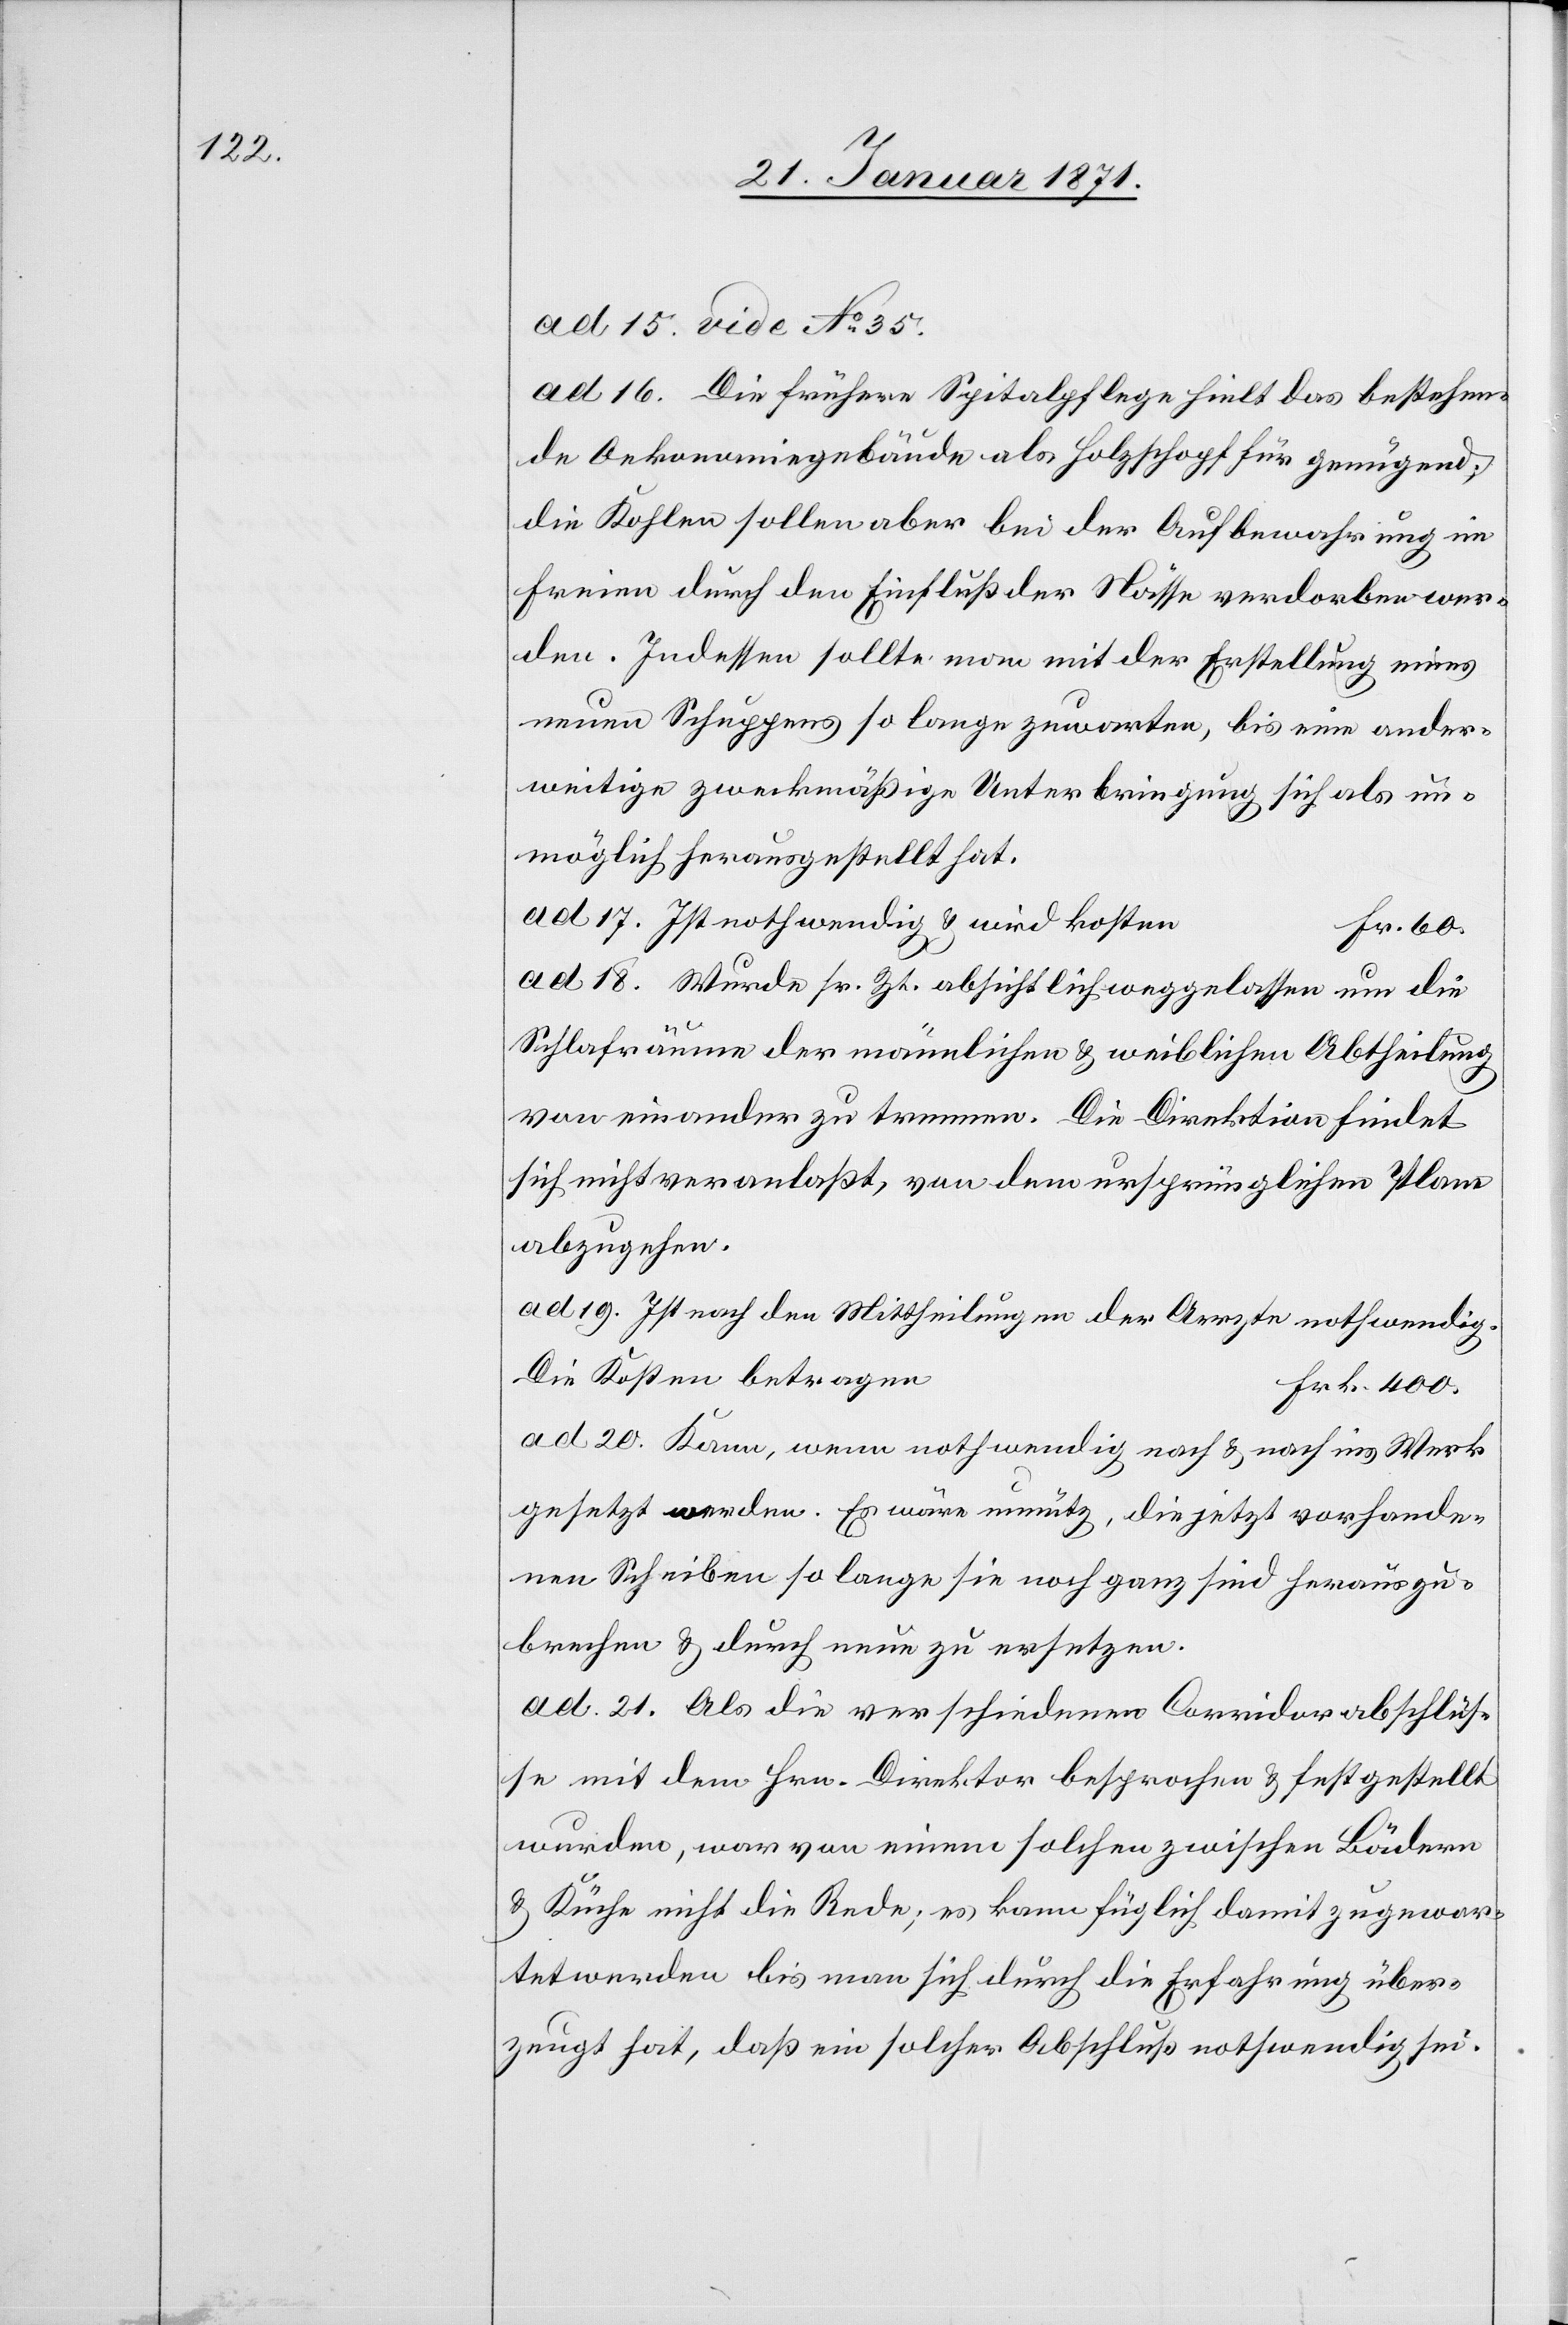
ad 15. vide No. 35.
ad 16. Die frühere Spitalpflege hielt das bestehen¬
de Oekonomiegebäude als Holzschopf für genügend;
die Kohlen sollen aber bei der Aufbewahrung im
Freien durch den Einfluß der Nässe verdorben wer¬
den. Indessen sollte man mit der Erstellung eines
neuen Schuppens so lange zuwarten, bis eine ander¬
weitige zweckmäßige Unterbringung sich als un¬
möglich herausgestellt hat.
ad 17. Ist nothwendig u. wird koste¬
r. 60.
ad 18. Wurde ss. Zt. absichtlich weggelassen um die
Schlafräume der männlichen u. weiblichen Abtheilung
von einander zu trennen. Die Direktion findet
sich nicht veranlaßt, von dem ursprünglichen Plane
abzugehen.
ad 19. Ist nach den Mittheilungen der Aerzte nothwendig.
ad 20. Kann, wenn nothwendig nach u. nach ins Werk
gesetzt werden. Es wäre unnütz, die jetzt vorhande¬
nen Scheiben so lange sie noch ganz sind herauszu¬
brechen u. durch neue zu ersetzten.
ad 21. Als die verschiedenen Corridorabschlüs¬
se mit dem Hrn. Direktor besprochen u. festgestellt
wurden, war von einem solchen zwischen Bädern
u. Küche nicht die Rede; es kann füglich damit zugewar¬
tet werden bis man sich durch die Erfahrung über¬
zeugt hat, daß ein solcher Abschluß nothwendig sei.